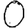
Digit: 0